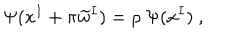
\Psi ( x ^ { I } + \pi \widetilde { w } ^ { I } ) = \rho \ \Psi ( x ^ { I } ) \ ,